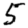
Digit: 5